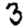
Digit: 3